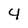
Character: 4